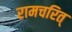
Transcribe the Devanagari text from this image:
रामचरित्